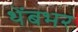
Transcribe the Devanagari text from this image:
थेंबभर